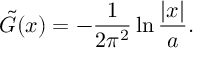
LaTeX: \tilde { G } ( x ) = - \frac { 1 } { 2 \pi ^ { 2 } } \ln \frac { | x | } { a } .